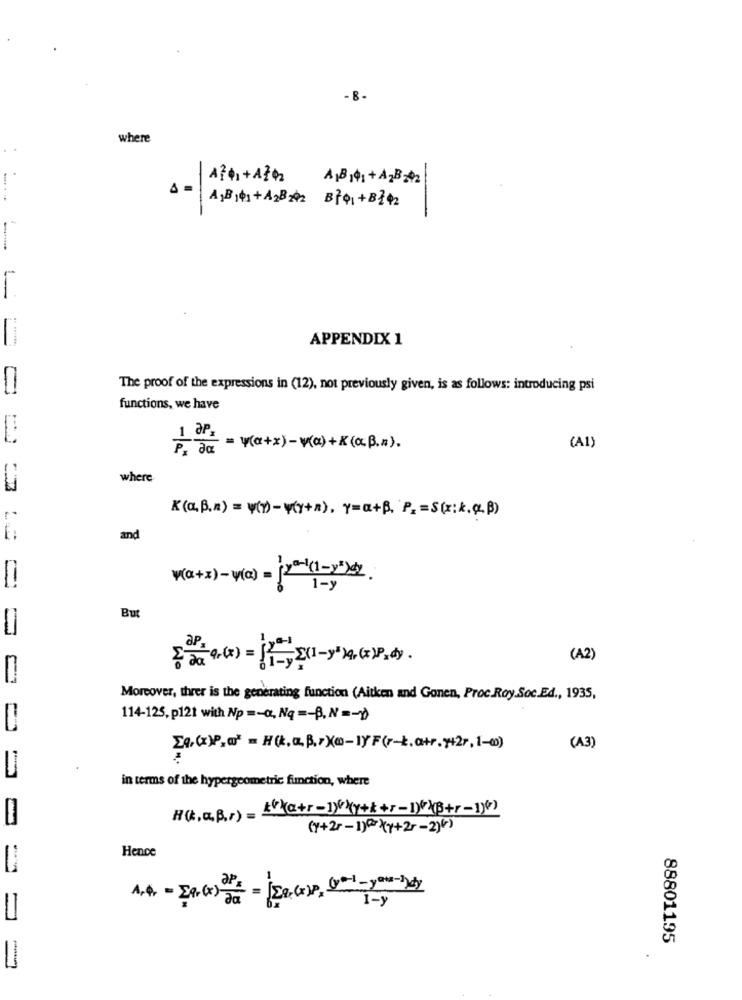
- B.
where
A,B +1 + A2B 2 B791 +B142
1 = A, B 1 +
APPENDIX 1
The proof of the expressions in (12), not previously given, is as follows: introducing psi
functions, we have
1 3P
P. Ja = y(a+x) - v(a)+x(c.f.z).
(A1)
where
K(a.B.n) = ¥()-(Y+x), Y=a+B. P2 =S(x: k.(.)
and
(a+x)-w(a) =120(1->")
But
(A2)
Moreover, threr is the generating function (Aitken and Gonen, Proc.Roy.Soc.Ed ., 1935,
114-125, p121 with Np =- a, Nq =- P.N =- 1)
La.(x)P === = H(k.a.B.>Xo-IF(r-k.a+r.7427, 1-0)
(A3)
in terms of the hypergeometric function, where
H(.a.B.r) = kº(@+r-]>ky+k+r-1)+(B+r-1)4)
(1+2-1)0º)(y+25-2)()
Hence
= = =
1.4. - ER.(x) Ja
=
88801195